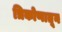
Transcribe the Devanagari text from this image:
त्रिकोणातून